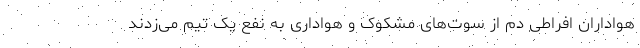
هواداران افراطی دم از سوت‌های مشکوک و هواداری به نفع یک تیم می‌زدند